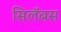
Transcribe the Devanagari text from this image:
सिलॅबस